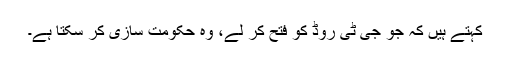
کہتے ہیں کہ جو جی ٹی روڈ کو فتح کر لے، وہ حکومت سازی کر سکتا ہے۔